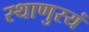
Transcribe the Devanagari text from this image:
स्थाणुरयं